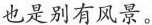
也是别有风景。